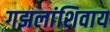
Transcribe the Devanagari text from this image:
गझलांशिवाय